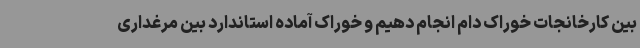
بین کارخانجات خوراک دام انجام دهیم و خوراک آماده استاندارد بین مرغداری